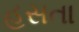
હસતા